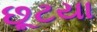
છૂટયા